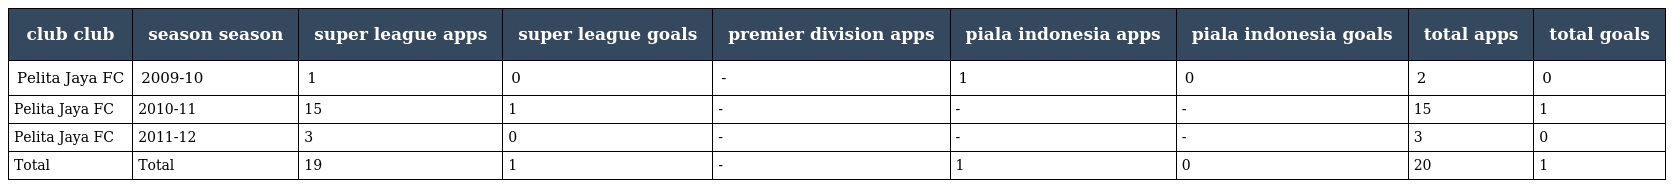
| club club | season season | super league apps | super league goals | premier division apps | piala indonesia apps | piala indonesia goals | total apps | total goals |
 | --- | --- | --- | --- | --- | --- | --- | --- | --- |
 | Pelita Jaya FC | 2009-10 | 1 | 0 | - | 1 | 0 | 2 | 0 |
 | Pelita Jaya FC | 2010-11 | 15 | 1 | - | - | - | 15 | 1 |
 | Pelita Jaya FC | 2011-12 | 3 | 0 | - | - | - | 3 | 0 |
 | Total | Total | 19 | 1 | - | 1 | 0 | 20 | 1 |